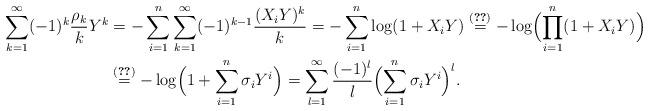
LaTeX: \begin{align*}\sum_{k=1}^\infty (-1)^k\frac{\rho_k}{k}Y^k&=-\sum_{i=1}^n\sum_{k=1}^\infty (-1)^{k-1}\frac{(X_iY)^k}{k}=-\sum_{i=1}^n\log(1+X_iY)\overset{\eqref{funclog}}{=}-\log\Bigl(\prod_{i=1}^n(1+X_iY)\Bigr)\\&\overset{\eqref{vieta1}}{=}-\log\Bigl(1+\sum_{i=1}^n\sigma_iY^i\Bigr)=\sum_{l=1}^\infty\frac{(-1)^l}{l}\Bigl(\sum_{i=1}^n\sigma_iY^i\Bigr)^l.\end{align*}